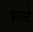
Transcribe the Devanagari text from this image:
फान्टे